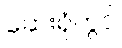
ဆေးရုံတွင်